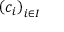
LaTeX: \left( c _ { i } \right) _ { i \in I }